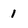
Character: 1